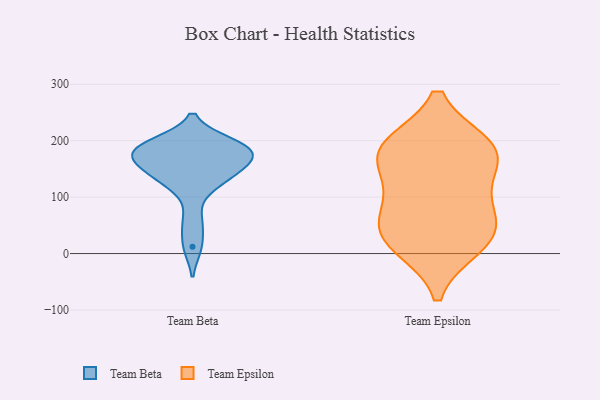
{"axis": {"x": "Waste Production (Tons)", "y": "Value"}, "legend": ["Team Beta", "Team Epsilon"], "data": [{"x": "", "y": 128, "type": "Team Beta"}, {"x": "", "y": 181, "type": "Team Beta"}, {"x": "", "y": 182, "type": "Team Beta"}, {"x": "", "y": 125, "type": "Team Beta"}, {"x": "", "y": 143, "type": "Team Beta"}, {"x": "", "y": 188, "type": "Team Beta"}, {"x": "", "y": 174, "type": "Team Beta"}, {"x": "", "y": 58, "type": "Team Beta"}, {"x": "", "y": 12, "type": "Team Beta"}, {"x": "", "y": 192, "type": "Team Beta"}, {"x": "", "y": 165, "type": "Team Beta"}, {"x": "", "y": 155, "type": "Team Beta"}, {"x": "", "y": 195, "type": "Team Beta"}, {"x": "", "y": 14, "type": "Team Epsilon"}, {"x": "", "y": 60, "type": "Team Epsilon"}, {"x": "", "y": 182, "type": "Team Epsilon"}, {"x": "", "y": 178, "type": "Team Epsilon"}, {"x": "", "y": 186, "type": "Team Epsilon"}, {"x": "", "y": 32, "type": "Team Epsilon"}, {"x": "", "y": 87, "type": "Team Epsilon"}, {"x": "", "y": 190, "type": "Team Epsilon"}, {"x": "", "y": 126, "type": "Team Epsilon"}, {"x": "", "y": 27, "type": "Team Epsilon"}]}